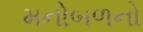
મનોબળનો